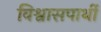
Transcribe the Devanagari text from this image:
विश्वासपार्थी